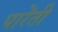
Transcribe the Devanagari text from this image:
पारेंती